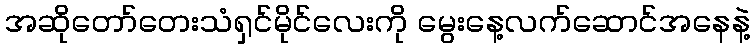
အဆိုတော်တေးသံရှင်မိုင်လေးကို မွေးနေ့လက်ဆောင်အနေနဲ့